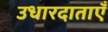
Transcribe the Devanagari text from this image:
उधारदाताएँ